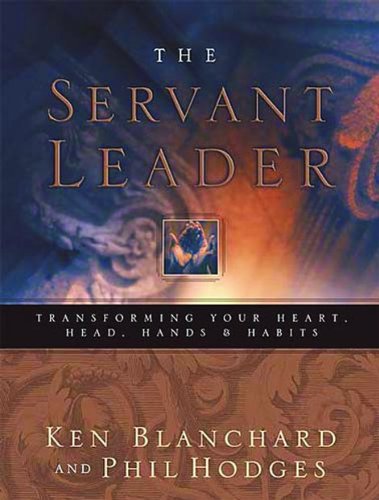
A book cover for Servant Leader; Ken Blanchard; Christian Books & Bibles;